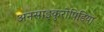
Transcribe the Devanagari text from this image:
अनसाइकुरोपिडिया